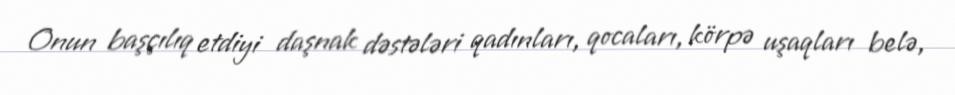
Onun başçılıq etdiyi daşnak dəstələri qadınları, qocaları, körpə uşaqları belə,